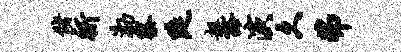
储祈渤察陡趄豁演久弗